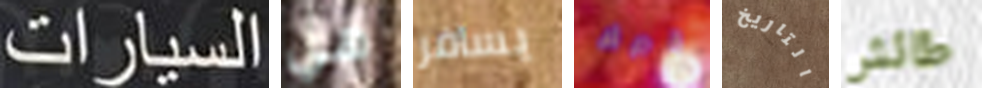
السيارات هي يسافر قبرك التاريخ طائش